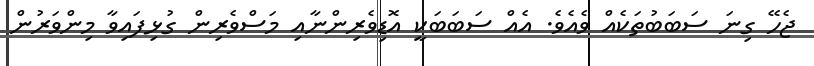
ޖެހޭ ގިނަ ސަބަބުތަކެއް ވެއެވެ. އެއް ސަބަބަކީ އޮޑިވެރިންނާއި މަސްވެރިން ގުޅިފައިވާ މިންވަރުން